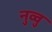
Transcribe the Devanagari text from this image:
नुव्वु